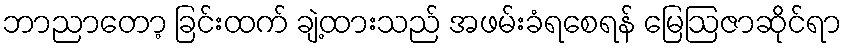
ဘာညာတော့ ခြင်းထက် ချဲ့ထားသည် အဖမ်းခံရစေရန် မြေဩဇာဆိုင်ရာ